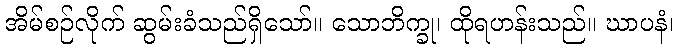
အိမ်စဉ်လိုက် ဆွမ်းခံသည်ရှိသော်။ သောဘိက္ခု၊ ထိုရဟန်းသည်။ ဃာပနံ၊